Scottish Leaving Certificate Examination, 1954
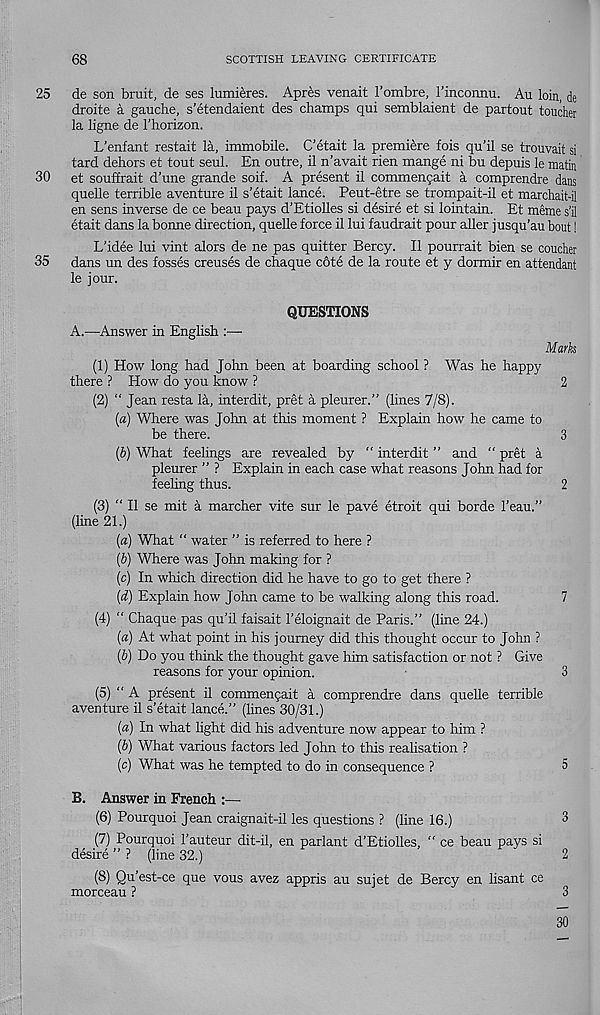
68
SCOTTISH LEAVING CERTIFICATE
25 de son bruit, de ses lumieres. Apres venait I’ombre, I’inconnu. Au loin, de
droite a gauche, s’etendaient des champs qui semblaient de partout toucher
la ligne de I’horizon.
L’enfant restait la, immobile. C’etait la premiere fois qu’il se trouvait si
tard dehors et tout seul. En outre, il n’avait rien mange ni bu depuis le matin
30 et souffrait d’une grande soif. A present il commengait a comprendre dans
quelle terrible aventure il s’etait lance. Peut-etre se trompait-il et marchait-il
en sens inverse de ce beau pays d’Etiolles si desire et si lointain. Et meme s’il
etait dans la bonne direction, quelle force il lui faudrait pour aller jusqu’au bout!
L’idee lui vint alors de ne pas quitter Bercy. Il pourrait bien se coucher
35 dans un des fosses creuses de chaque c6te de la route et y dormir en attendant
le jour.
QUESTIONS
A.—Answer in English :—■
Mark
(1) How long had John been at boarding school ? Was he happy
there ? How do you know ?
2
(2) “ Jean resta la, interdit, pret a pleurer.” (lines 7/8).
(a) Where was John at this moment ? Explain how he came to
be there.
3
(b) What feelings are revealed by “ interdit ” and “ pret a
pleurer ” ? Explain in each case what reasons John had for
feeling thus.
2
(3) “ Il se mit a marcher vite sur le pave etroit qui horde I’eau.”
(line 21.)
(a) What “ water ” is referred to here ?
(b) Where was John making for ?
(c) In which direction did he have to go to get there ?
(d) Explain how John came to be walking along this road.
7
(4) “ Chaque pas qu’il faisait 1’eloignait de Paris.” (line 24.)
(a) At what point in his journey did this thought occur to John ?
(b) Do you think the thought gave him satisfaction or not ? Give
reasons for your opinion.
3
(5) ‘‘A present il commengait a comprendre dans quelle terrible
aventure il s’etait lance.” (lines 30/31.)
(a.) In what light did his adventure now appear to him ?
(b) What various factors led John to this realisation ?
(c) What was he tempted to do in consequence ?
5
B. Answer in French :—
(6) Pourquoi Jean craignait-il les questions ? (line 16.)
3
(7) Pourquoi I’auteur dit-il, en parlant d’Etiolles, “ ce beau pays si
desire ” ? (line 32.)
2
(8) Qu’est-ce que vous avez appris au sujet de Bercy en lisant ce
morceau ?
3
30